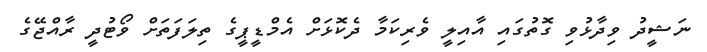
ނަޝީދު ވިދާޅުވި ގޮތުގައި އާއިލީ ވެރިކަމާ ދެކޮޅަށް އެމްޑީޕީގެ ތިލަފަތަށް ވޯޓުދީ ރާއްޖޭގެ